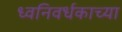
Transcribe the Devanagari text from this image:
ध्वनिवर्धकाच्या